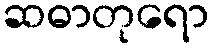
ဆဓာတုရော